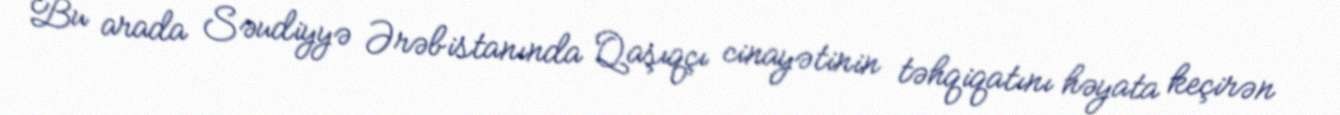
Bu arada Səudiyyə Ərəbistanında Qaşıqçı cinayətinin təhqiqatını həyata keçirən